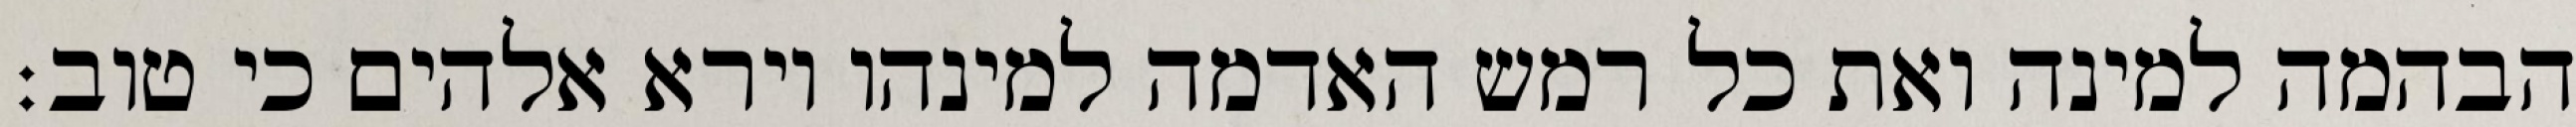
הבהמה למינה ואת כל רמש האדמה למינהו וירא אלהים כי טוב׃